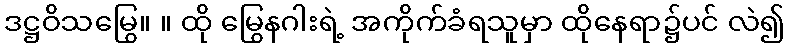
ဒဋ္ဌဝိသမြွေ။ ။ ထို မြွေနဂါးရဲ့ အကိုက်ခံရသူမှာ ထိုနေရာ၌ပင် လဲ၍